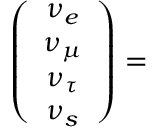
\left( \begin{array} { c } { { \nu _ { e } } } \\ { { \nu _ { \mu } } } \\ { { \nu _ { \tau } } } \\ { { \nu _ { s } } } \end{array} \right) =